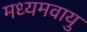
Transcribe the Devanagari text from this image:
मध्यमवायु